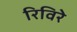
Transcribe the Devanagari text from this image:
रिविरे